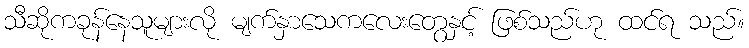
သီဆိုကခုန်နေသူများလို မျက်နှာသေကလေးတွေနှင့် ဖြစ်သည်ဟု ထင်ရ သည်။